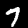
Digit: 7